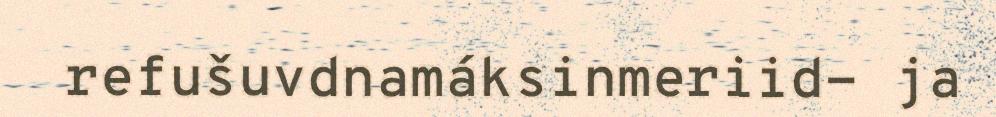
refušuvdnamáksinmeriid- ja